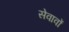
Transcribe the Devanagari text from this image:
सेवावों